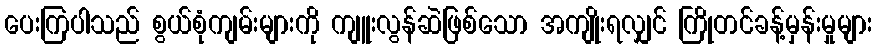
ပေးကြပါသည် စွယ်စုံကျမ်းများကို ကျူးလွန်ဆဲဖြစ်သော အကျိုးရလျှင် ကြိုတင်ခန့်မှန်းမှုများ